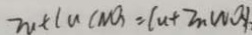
Z n + C u ( N O ) = C u + Z n ( N O )